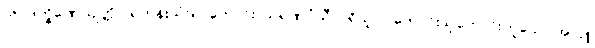
(၆) ဒက္ခိဏေယျတ္တိ - ရဟန်းသံဃာကောင်း၊ သရဏဂုံသီလရှိသူ လူကောင်းသူကောင်းဟူသော အလှူ